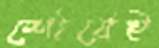
শৌর্যেই